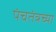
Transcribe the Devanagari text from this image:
पंचतंत्रच्या